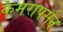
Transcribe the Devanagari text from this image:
कैमरापर्सन